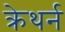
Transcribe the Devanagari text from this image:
क्रेथर्न